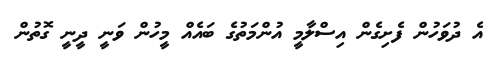
އެ ދުވަހުން ފެށިގެން އިސްލާމީ އުންމަތުގެ ބައެއް މީހުން ވަނީ ދީނީ ގޮތުން